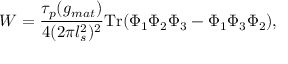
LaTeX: W = \frac { \tau _ { p } ( g _ { m a t } ) } { 4 ( 2 \pi l _ { s } ^ { 2 } ) ^ { 2 } } \mathrm { T r } ( \Phi _ { 1 } \Phi _ { 2 } \Phi _ { 3 } - \Phi _ { 1 } \Phi _ { 3 } \Phi _ { 2 } ) ,